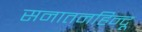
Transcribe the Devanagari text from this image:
सनातनहिन्दू